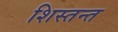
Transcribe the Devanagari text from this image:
शिस्तन्त